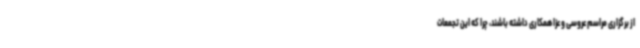
از برگزاری مراسم عروسی و عزا همکاری داشته باشند، چرا که این تجمعات